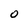
Character: 0